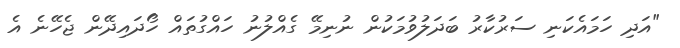
"އަދި ހަމައެކަނި ސަރުކާރު ބަދަލުވުމަކުން ނުނިމޭ ގެއްލުނު ހައްގުތައް ހޯދައިދޭން ޖެހޭނެ އެ